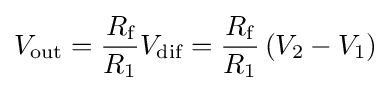
V_{\text{out}}={\frac {R_{\text{f}}}{R_{1}}}V_{\text{dif}}={\frac {R_{\text{f}}}{R_{1}}}\left(V_{2}-V_{1}\right)